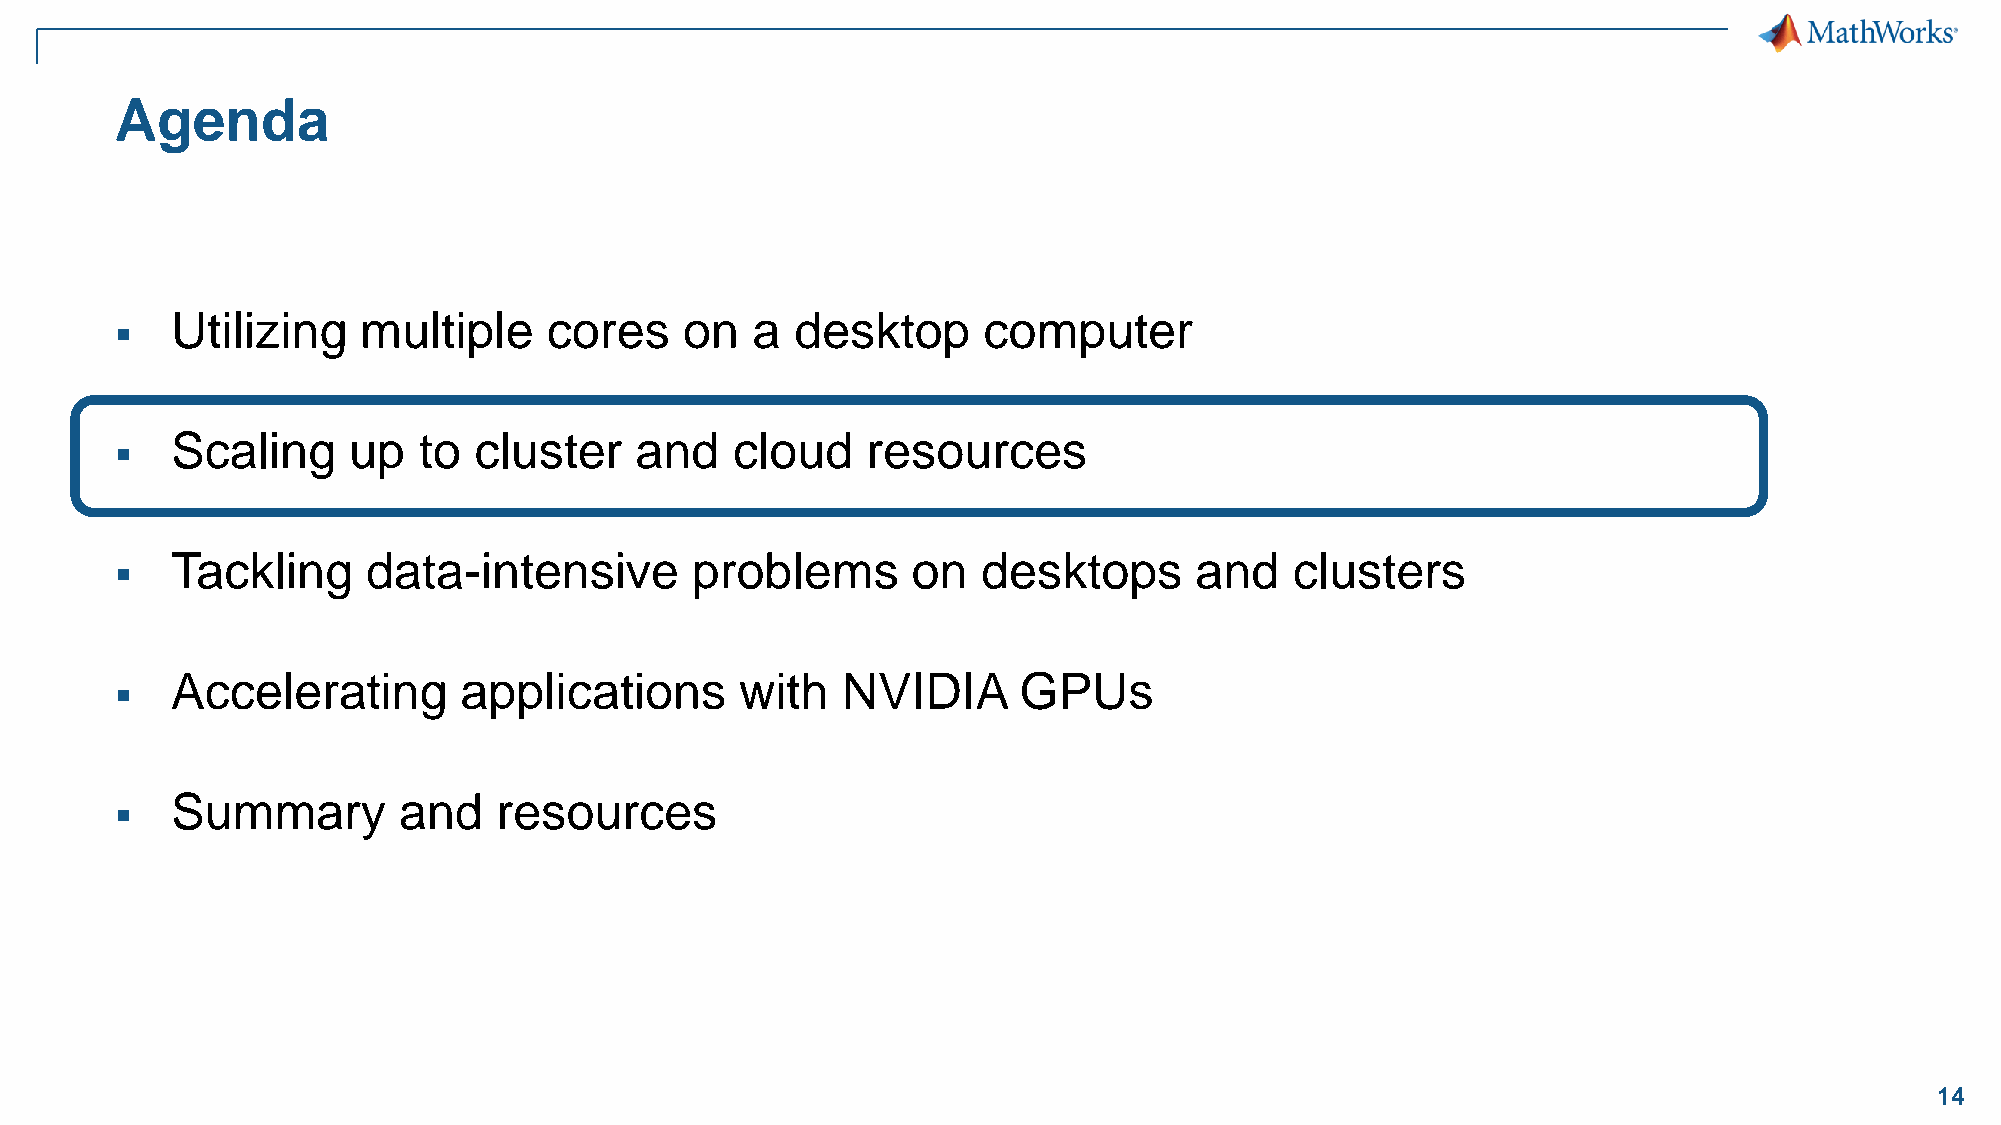
Agenda
 Utilizing    multiple    cores    on   a  desktop     computer
 ▪
 Scaling     up   to cluster    and   cloud    resources
 ▪
 Tackling     data-intensive        problems      on   desktops      and    clusters
 ▪
 Accelerating       applications       with   NVIDIA     GPUs
 ▪
 Summary        and    resources
 ▪
 14